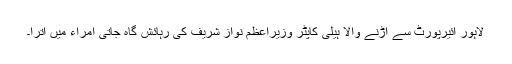
لاہور ائیرپورٹ سے اڑنے والا ہیلی کاپٹر وزیراعظم نواز شریف کی رہائش گاہ جاتی امراء میں اترا۔